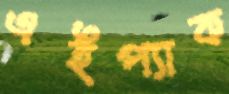
এইপ্যাক